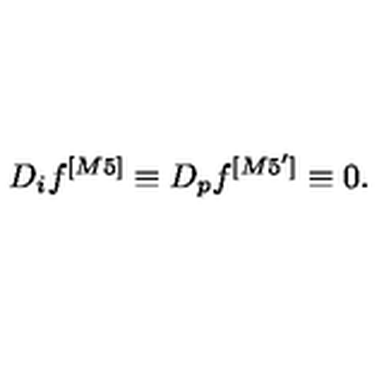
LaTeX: D _ { i } f ^ { [ M 5 ] } \equiv D _ { p } f ^ { [ M 5 ^ { \prime } ] } \equiv 0 .